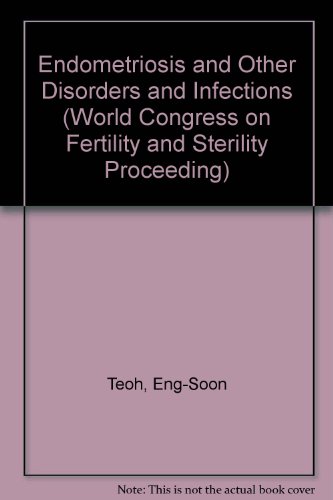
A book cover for Endometriosis and Other Disorders and Infections (World Congress on Fertility and Sterility Proceeding); Eng-Soon Teoh; Health, Fitness & Dieting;